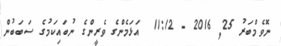
ނޮވެމްބަރު 25